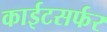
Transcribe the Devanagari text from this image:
काईटसर्फर